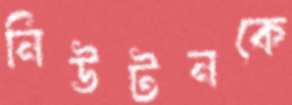
নিউটনকে